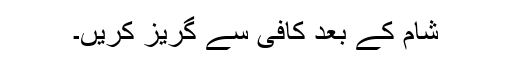
شام کے بعد کافی سے گریز کریں۔